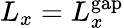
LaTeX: L_{x}=L_{x}^{\mathrm{gap}}